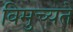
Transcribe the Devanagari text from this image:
विमुच्यते